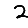
Digit: 2